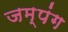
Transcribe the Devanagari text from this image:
जम्पंग